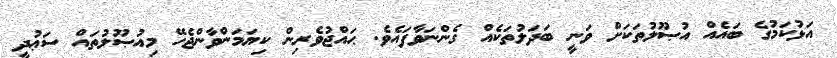
އަޅުކަމުގެ ބައެއް އުޞޫލުތަކަށް ވަނީ ބަދަލުތަކެއް ގެންނަވާފައެވެ. ޙައްޖުވެރިން ކިޔަމަންވާންޖެހޭ މިއުޞޫލުތައް ސަޢުދީ